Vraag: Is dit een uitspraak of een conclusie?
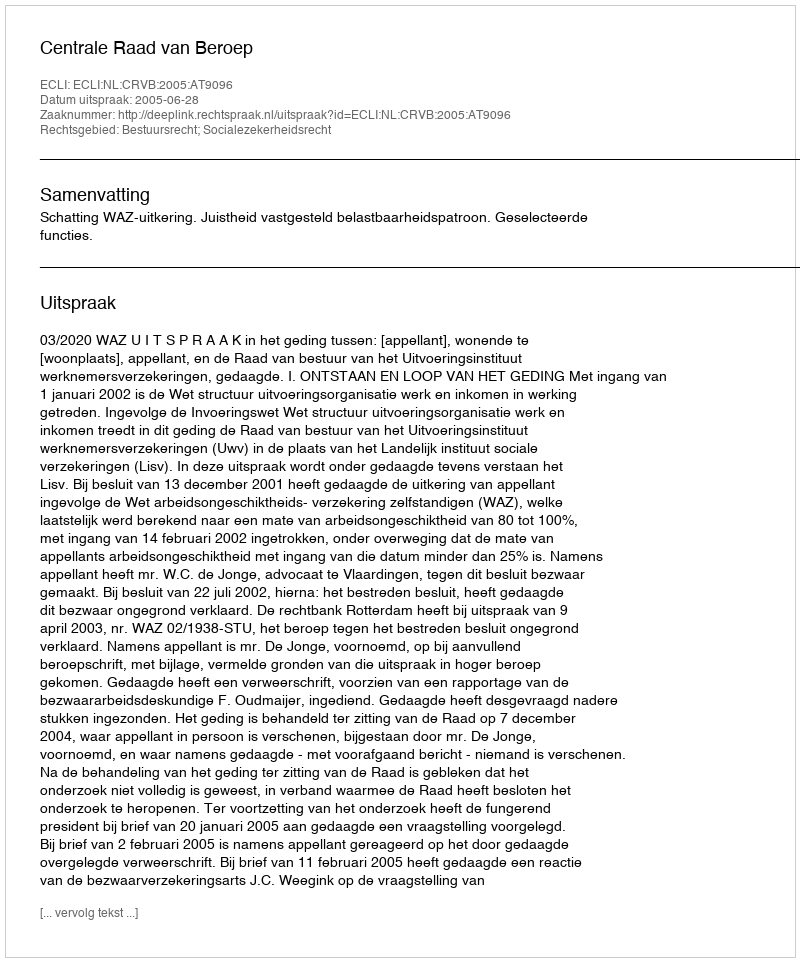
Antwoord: Uitspraak